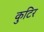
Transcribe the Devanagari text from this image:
कुटिर